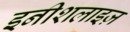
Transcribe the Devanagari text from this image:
इनीशलाइज़